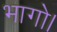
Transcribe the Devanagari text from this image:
भागो।